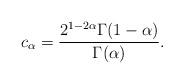
LaTeX: \begin{align*}c_\alpha=\frac{2^{1-2\alpha}\Gamma(1-\alpha)}{\Gamma(\alpha)}.\end{align*}